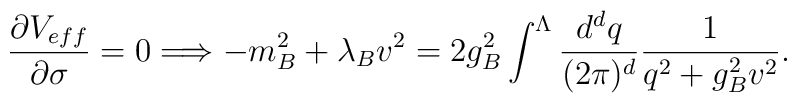
\frac{\partial V_{eff}}{\partial \sigma}=0 \Longrightarrow-m_{B}^{2}+\lambda_{B}v^{2}=2g_{B}^{2}\int^{\Lambda}\frac{d^{d}q}{(2\pi)^{d}}\frac{1}{q^{2}+g_{B}^{2}v^{2}}.